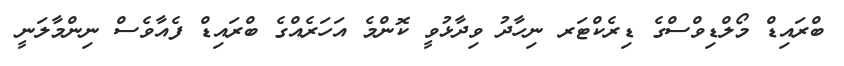
ބްރައިޑް މޯލްޑިވްސްގެ ޑިރެކްޓަރ ނިހާދު ވިދާޅުވީ ކޮންމެ އަހަރެއްގެ ބްރައިޑް ފެއާވެސް ނިންމާލަނީ